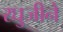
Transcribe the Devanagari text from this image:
रघुजीने